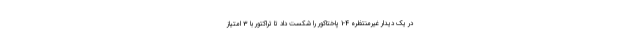
در یک دیدار غیرمنتظره 4-1 پاختاکور را شکست داد تا تراکتور با 3 امتیاز